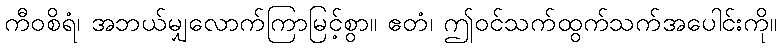
ကီဝစိရံ၊ အဘယ်မျှလောက်ကြာမြင့်စွာ။ ဧတံ၊ ဤဝင်သက်ထွက်သက်အပေါင်းကို။